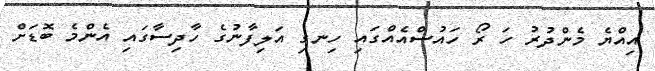
އިއްޔެ މެންދުރު ހަ ރޯ ހައުސްއެއްގައި ހިނގި އަލިފާނުގެ ހާދިސާގައި އެންމެ ބޮޑަށް